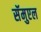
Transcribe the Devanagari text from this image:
सॅमुएल